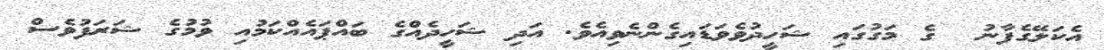
އެކަލޭގެފާނު  ގެ މަގުގައި ޝަހީދުވެވަޑައިގެންނެވިއެވެ. އަދި ޝަހީދެއްގެ ބައްޕައެއްކަމުއި ވުމުގެ ޝަރަފުވެސް